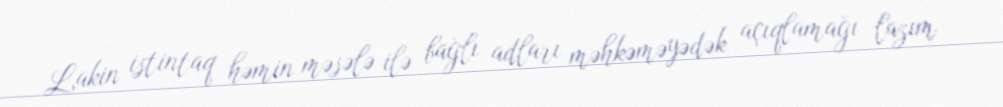
Lakin istintaq həmin məsələ ilə bağlı adları məhkəməyədək açıqlamağı lazım